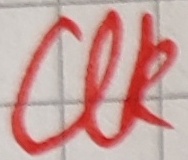
Text: UK